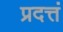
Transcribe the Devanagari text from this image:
प्रदत्तं